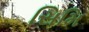
સિમિ